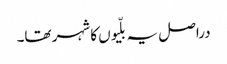
دراصل یہ بلّیوں کا شہر تھا۔